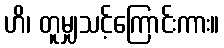
ဟိ၊ တူမျှသင့်ကြောင်းကား။